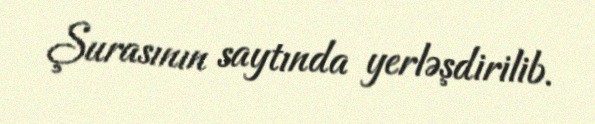
Şurasının saytında yerləşdirilib.